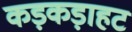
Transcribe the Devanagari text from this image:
कड़कड़ाहट